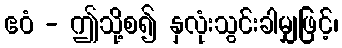
ဧဝံ - ဤသို့စ၍ နှလုံးသွင်းခါမျှဖြင့်၊